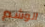
الوشم